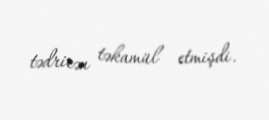
tədricən təkamül etmişdi.